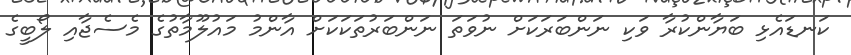
ކަނޑައެޅި ބަޔާންކުރާ ވަކި ނަންބަރަކަށް ނުވަތަ ނަންބަރުތަކަކަށް އާންމު މައުލޫމާތުގެ މެސެޖާއި ލޯބީގެ